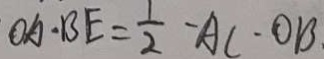
O A \cdot B E = \frac { 1 } { 2 } - A C - O B